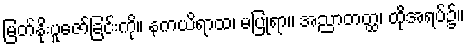
မြတ်နိုးပူဇော်ခြင်းကို။ နကယိရာထ၊ မပြုရာ။ အညာတတ္ထ၊ ထိုအရပ်၌။